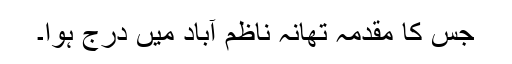
جس کا مقدمہ تھانہ ناظم آباد میں درج ہوا۔